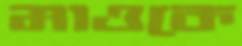
মাওকে